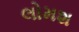
લોમશ